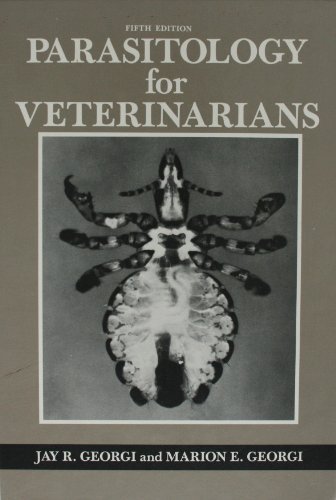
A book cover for Parasitology for Veterinarians; Jay R. Georgi; Medical Books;